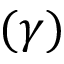
( \gamma )